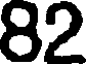
82